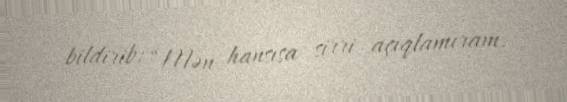
bildirib: “Mən hansısa sirri açıqlamıram.